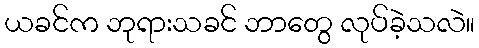
ယခင်က ဘုရားသခင် ဘာတွေ လုပ်ခဲ့သလဲ။